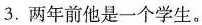
3.两年前他是一个学生。